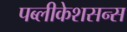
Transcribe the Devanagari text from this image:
पब्लीकेशसन्स